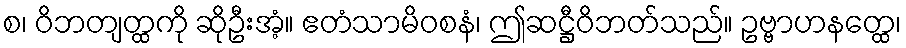
စ၊ ဝိဘတျတ္ထကို ဆိုဦးအံ့။ ဧတံသာမိဝစနံ၊ ဤဆဋ္ဌီဝိဘတ်သည်။ ဥဗ္ဗာဟနတ္ထေ၊